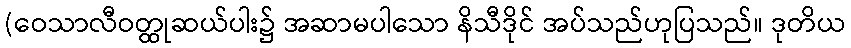
(ဝေသာလီဝတ္ထုဆယ်ပါး၌ အဆာမပါသော နိသီဒိုင် အပ်သည်ဟုပြသည်။ ဒုတိယ